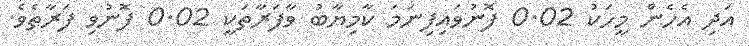
އަދި އެހެން މީހަކު 0.02 ފޮނުވައިފިނަމަ ކާމިޔާބު ވާފަރާތަކީ 0.02 ފޮނުވި ފަރާތެވެ.